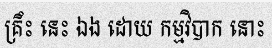
គ្រឹះ នេះ ឯង ដោយ កម្មវិបាក នោះ